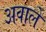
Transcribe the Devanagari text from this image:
अवाले